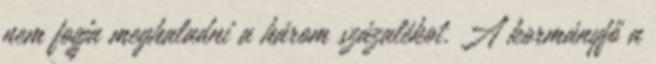
nem fogja meghaladni a három százalékot. A kormányfő a